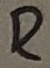
Text: R